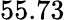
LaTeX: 55.73